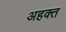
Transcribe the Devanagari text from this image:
अहक्त